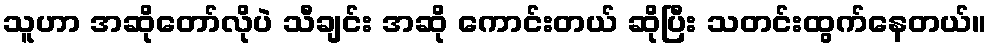
သူဟာ အဆိုတော်လိုပဲ သီချင်း အဆို ကောင်းတယ် ဆိုပြီး သတင်းထွက်နေတယ်။